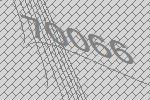
70066